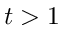
t > 1